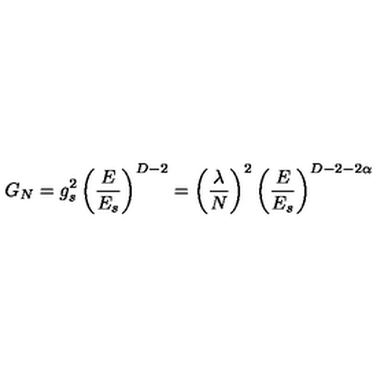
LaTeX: G _ { N } = g _ { s } ^ { 2 } \left( { \frac { E } { E _ { s } } } \right) ^ { D - 2 } = \left( { \frac { \lambda } { N } } \right) ^ { 2 } \left( { \frac { E } { E _ { s } } } \right) ^ { D - 2 - 2 \alpha }